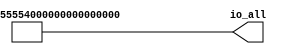
`timescale 1ns / 1ps

module io_test
(
	output reg [114:0]io_all
);
	wire [1:0]outbit = 2'b01;
	always @ (*) begin
		io_all = {58{outbit}};
		io_all[56] = io_all[55];
	end
endmodule